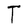
Character: T